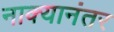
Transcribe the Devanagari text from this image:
नाक्यानंतर